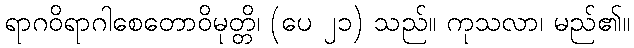
ရာဂဝိရာဂါစေတောဝိမုတ္တိ၊ (ပေ ၂၁) သည်။ ကုသလာ၊ မည်၏။